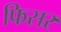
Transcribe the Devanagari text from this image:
फिसर